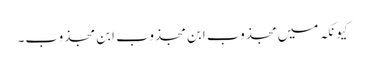
کیونکہ میں مجذوب ابن مجذوب ابن مجذوب۔